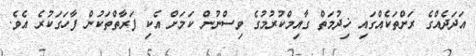
އަދަދެއްގެ ރަށްތަކެއްގައި ޚިދުމަތް ގާއިމްކުރުމުގެ ވިސްނުން ކަމަށް އެކި ފަރާތްތަކުން ފާހަގަކުރެ އެވެ.